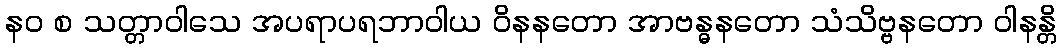
နဝ စ သတ္တာဝါသေ အပရာပရဘာဝါယ ဝိနနတော အာဗန္ဓနတော သံသိဗ္ဗနတော ဝါနန္တိ